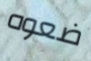
ضعوه